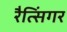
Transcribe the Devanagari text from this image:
रैत्सिंगर